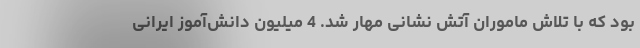
بود که با تلاش ماموران آتش نشانی مهار شد. 4 میلیون دانش‌آموز ایرانی